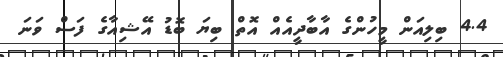
4.4 ބިލިއަން މީހުންގެ އާބާދީއެއް އޮތް ބިޔަ ބޮޑު އޭޝިއާގެ ފަސް ވަނަ